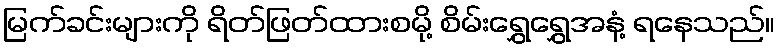
မြက်ခင်းများကို ရိတ်ဖြတ်ထားစမို့ စိမ်းရွှေရွှေအနံ့ ရနေသည်။